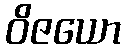
ဝိဇယော